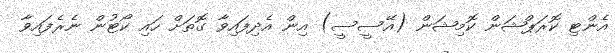
އެންޓި ކޮރަޕްޝަން ކޮމިޝަން (އޭސީސީ) އިން އެދިފައިވާ ގޮތަށް ހައި ކޯޓުން ނެރެފައިވާ